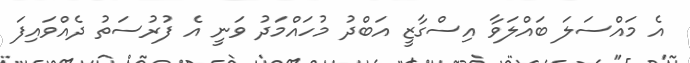
އެ މައްސަލަ ބައްލަވާ އިސްގާޒީ އަބްދު މުހައްމަދު ވަނީ އެ ފުރުސަތު ދެއްވައިފަ